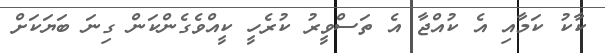
ކާކު ކަމާއި އެ ކުއްޖާ އެ ތަސްވީރު ކުރެހީ ކީއްވެގެންކަން ގިނަ ބަޔަކަށް